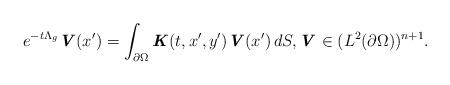
LaTeX: \begin{align*} e^{-t\Lambda_g} \textbf{\textit{V}}(x^{\prime}) = \int_{\partial \Omega} \textbf{\textit{K}}(t,x^{\prime},y^{\prime})\textbf{\textit{V}}(x^{\prime}) \,dS, \textbf{\textit{V}} \in (L^{2}(\partial \Omega))^{n+1}.\end{align*}